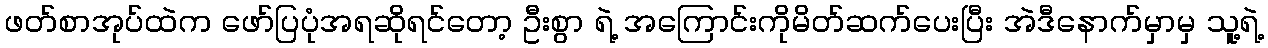
ဖတ်စာအုပ်ထဲက ဖော်ပြပုံအရဆိုရင်တော့ ဦးစွာ ရဲ့ အကြောင်းကိုမိတ်ဆက်ပေးပြီး အဲဒီနောက်မှာမှ သူ့ရဲ့